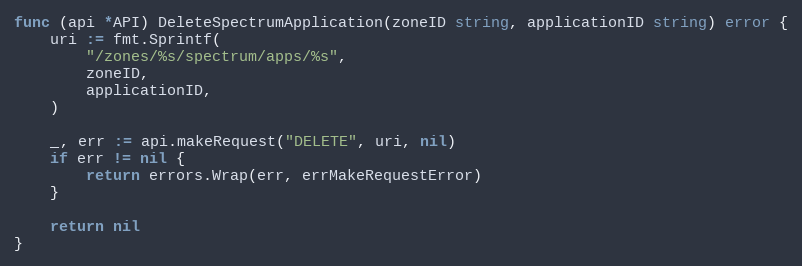
Language: Go
func (api *API) DeleteSpectrumApplication(zoneID string, applicationID string) error {
	uri := fmt.Sprintf(
		"/zones/%s/spectrum/apps/%s",
		zoneID,
		applicationID,
	)

	_, err := api.makeRequest("DELETE", uri, nil)
	if err != nil {
		return errors.Wrap(err, errMakeRequestError)
	}

	return nil
}